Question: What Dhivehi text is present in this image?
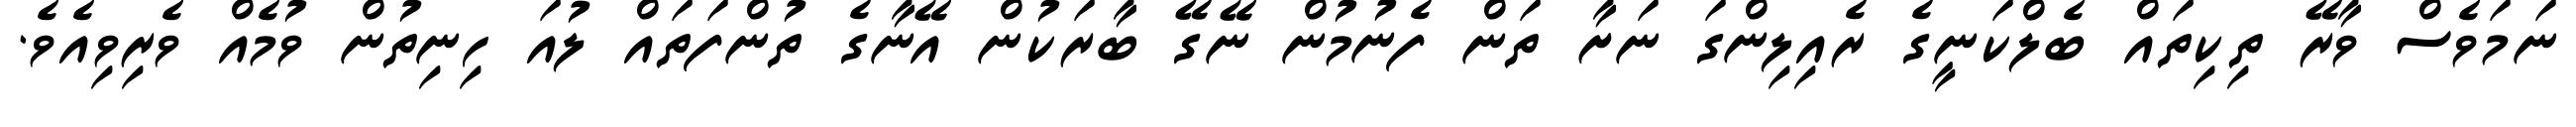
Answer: ނަމަވެސް ވާރޭ ތިކިތައް ބެލްކަނީގެ ރެއިލިންގަ ނަށާ ތަން ފެނުމުން ނޭގޭ ބާރަކުން އޭނާގެ ތުންފަތައް ލުއަ ހިނިތުން ވުމެއް ވެރިވިއެވެ.